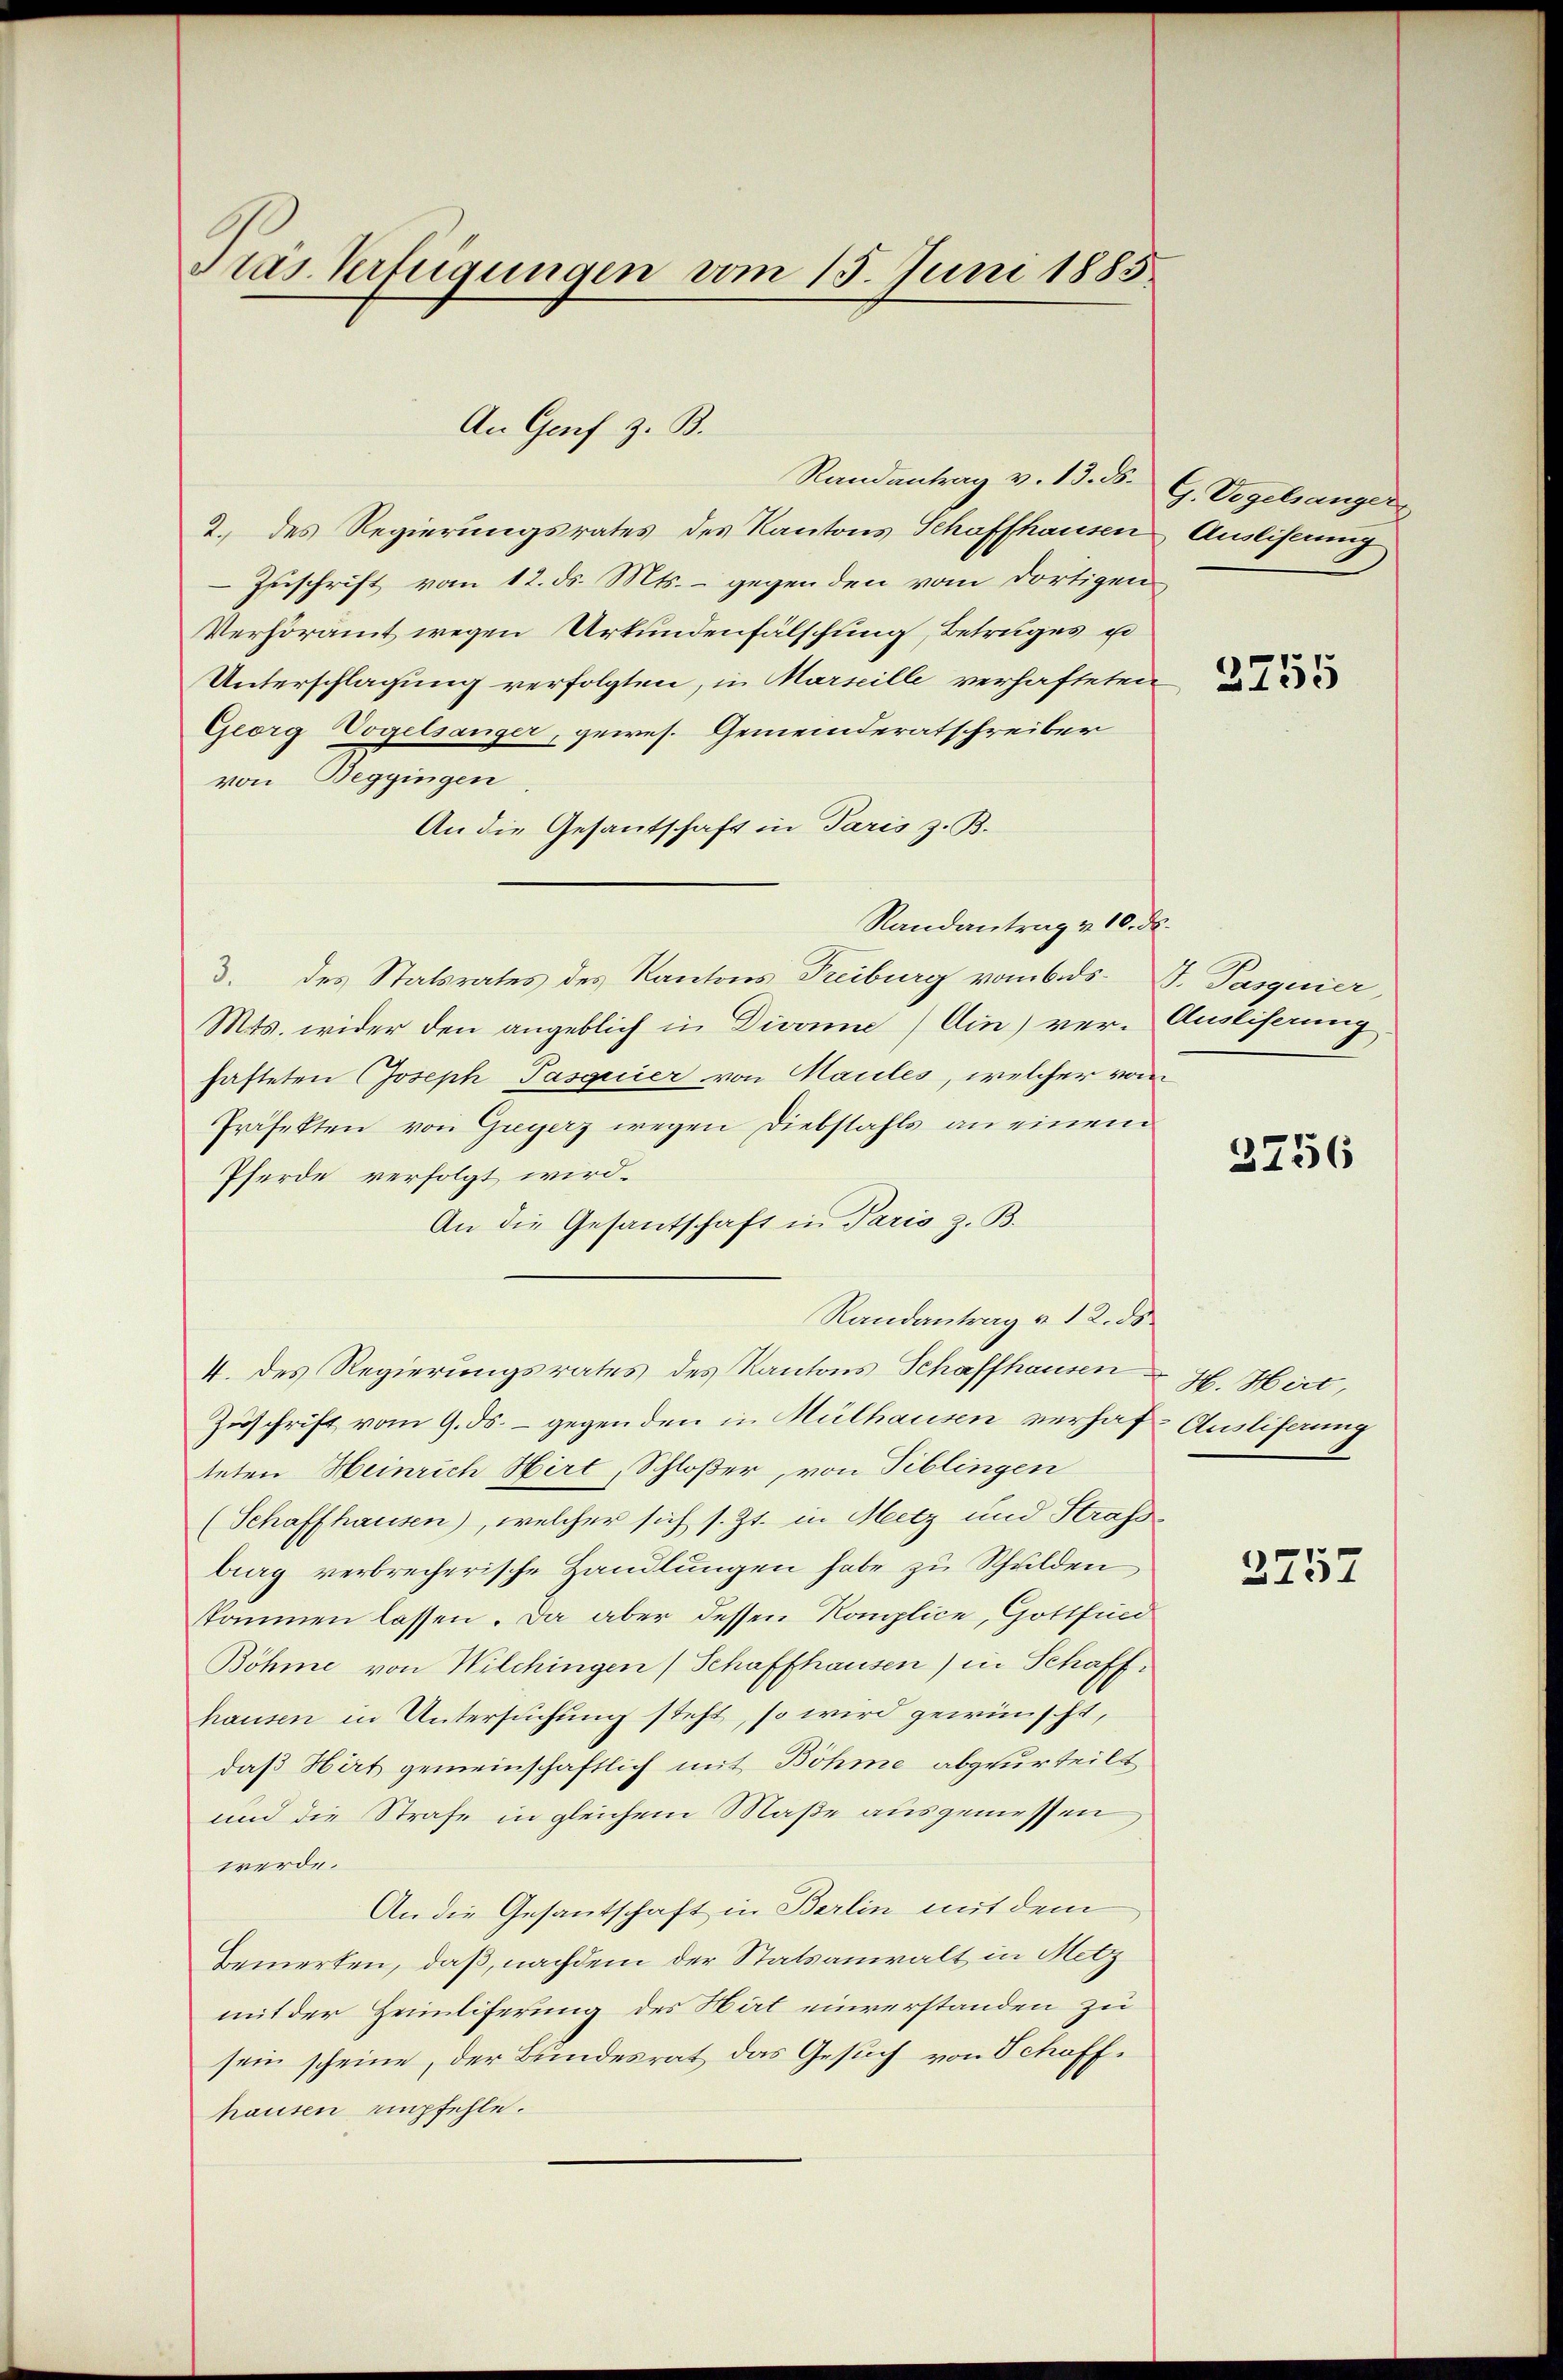
Pras Verfügungen vom 15. Juni 1885

An Genf z. B.

4. des Regierungsrates des Kantons Schaffhausen & H. Hirt,

Randantrag v. 13. B. G. Vogelsanger

2. des Regierungsrates des Kantons Schaffhausen Auslieferung
Zuschrift vom 12. ds. Mts. – gegen den vom dortigen¬
Verhöramt wegen Urkundenfälschung, Betruges ei
Unterschlagung verfolgten, in Marseille verhafteten
Georg Vogelsanger, gewes. Gemeinderatschreiber
von Beggingen
An die Gesantschaft in Paris z. B.
Randantrag v. 10. ds.
. des Statsrates des Kantons Treiburg vom 6. ds. J. Pasquier
Mts. wider den angeblich in Divone) Ain) ver-Ausliserung
hafteten Joseph Pasquier von Maules, welcher vom
Präfekten von Greyerz wegen Diebstahls an einem
Pferde verfolgt wird.
An die Gesandtschaft in Paris z. B.
Randantrag v. 12. ds.
Zuschrift vom 9. ds. – gegenden in Hülhausen verhaf-Ausliferung
teten Heinrich Hirt, Schloßer, von Tiblingen
(Schaffhausen), welcher sich s. Zt. in Metz und Straf
berg verbrecherische Handlungen habe zu Schulden,
kommen lassen. Da aber dessen Komplice, Gottfind
Böhme von Wilchingen Schaffhausen) in Schaffhausen in Untersuchung steht, so wird gewünscht,
daß Hirt gemeinschaftlich mit Böhme abgeurteilt
und die Strafe in gleichem Maße ausgemessen
werde.
An die Gesandtschaft in Berlin mit dem
Bemerken, daß, nachdem der Statsanwalt in Metz
mit der Heimliferung des Hat einverstanden zu
sein scheine, der Bundesrat das Gesuch von Schoffhausen empfehle.

2755

3756

2757